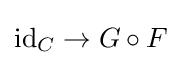
\operatorname {id} _{C}\to G\circ F